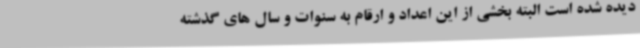
دیده شده است البته بخشی از این اعداد و ارقام به سنوات و سال های گذشته